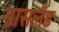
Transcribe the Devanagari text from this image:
ग्रासलँड